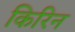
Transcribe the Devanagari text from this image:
किरिन